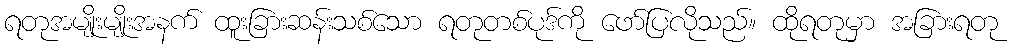
ရတုအမျိုးမျိုးအနက် ထူးခြားဆန်းသစ်သော ရတုတစ်ပုဒ်ကို ဖော်ပြလိုသည်။ ထိုရတုမှာ အခြားရတု